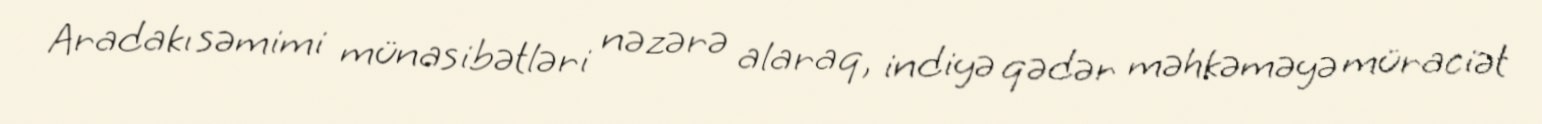
Aradakı səmimi münasibətləri nəzərə alaraq, indiyə qədər məhkəməyə müraciət